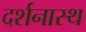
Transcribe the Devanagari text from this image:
दर्शनास्थ